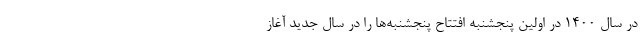
در سال ۱۴۰۰ در اولین پنجشنبه افتتاح پنجشنبه‌ها را در سال جدید آغاز